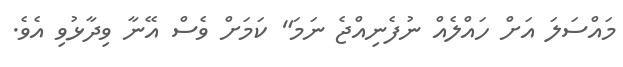
މައްސަލަ އަށް ހައްލެއް ނުފެނިއްޖެ ނަމަ" ކަމަށް ވެސް އޭނާ ވިދާޅުވި އެވެ.